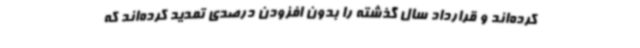
کرده‌اند و قرارداد سال گذشته را بدون افزودن درصدی تمدید کرده‌اند که